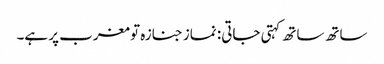
ساتھ ساتھ کہتی جاتی: نماز جنازہ تو مغرب پر ہے۔